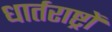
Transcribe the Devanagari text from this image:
धार्तराष्ट्रों